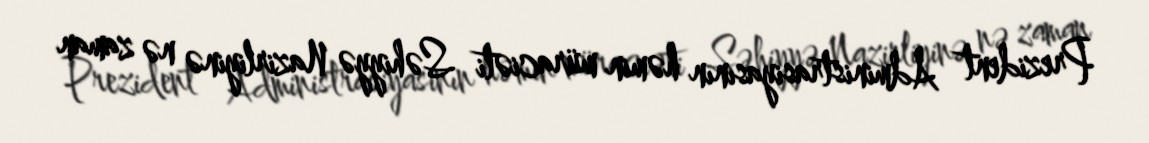
Prezident Administrasiyasının həmin müraciəti Səhiyyə Nazirliyinə nə zaman